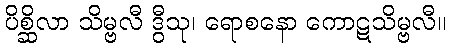
ပိစ္ဆိလာ သိမ္ဗလီ ဒွီသု၊ ရောစနော ကောဋသိမ္ဗလီ။